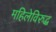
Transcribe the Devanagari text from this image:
महिलेविरुद्ध